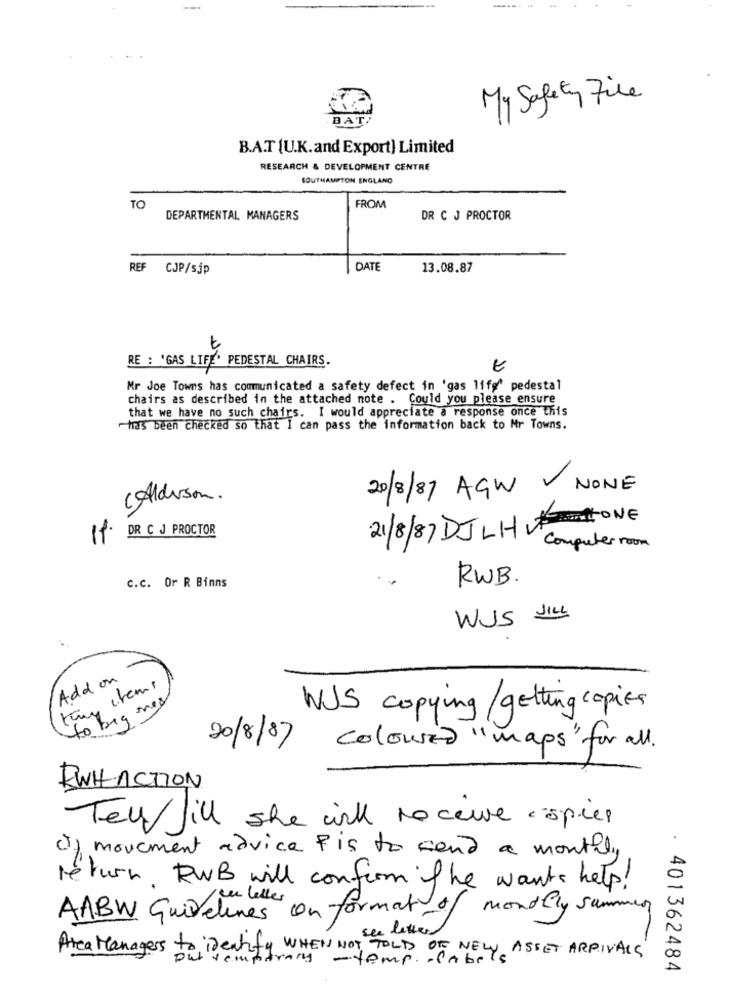
My Safety File
BAT
B.A.T [U.K.and Export) Limited
RESEARCH & DEVELOPMENT CENTRE
SOUTHAMPTON ENGLAND
TO
FROM
DEPARTMENTAL MANAGERS
DR C J PROCTOR
REF CJP/sjp
DATE
13.08.87
RE : 'GAS LIFE' PEDESTAL CHAIRS.
Mr Joe Towns has communicated a safety defect in 'gas life" pedestal
chairs as described in the attached note . Could you please ensure
that we have no such chairs. I would appreciate a response once this
has been checked so that I can pass the information back to Mr Towns.
20/8/87 AGW NONE
cAlderson.
21/8/87 DJLHATONE
DR C J PROCTOR
00
11.
Computer room
C.C. Or R Binns
RWB.
JILL
WJS
..
Add on
tony items
to big ones
WJS copying/ getting copies
20/8/07
coloured " maps" for all.
RWH ACTION
Ten till she will receive . spies
of movement advice fis to send a monthly
return RWB will confirm the wants help!
AABW Guidelines on format of monthly summer
ce letter
Area Managers to identify WHEN NOT TOLD OF NELY ASSET ARRIVALS
temporary - temp. - label
. 401362484